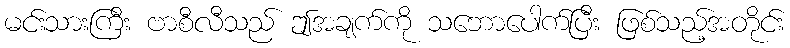
မင်းသားကြီး ဗာစီလီသည် ဤအချက်ကို သဘောပေါက်ပြီး ဖြစ်သည့်အတိုင်း